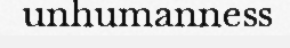
unhumanness